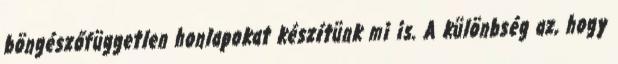
böngészőfüggetlen honlapokat készítünk mi is. A különbség az, hogy